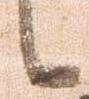
候